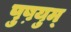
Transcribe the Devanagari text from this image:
पुष़युम्